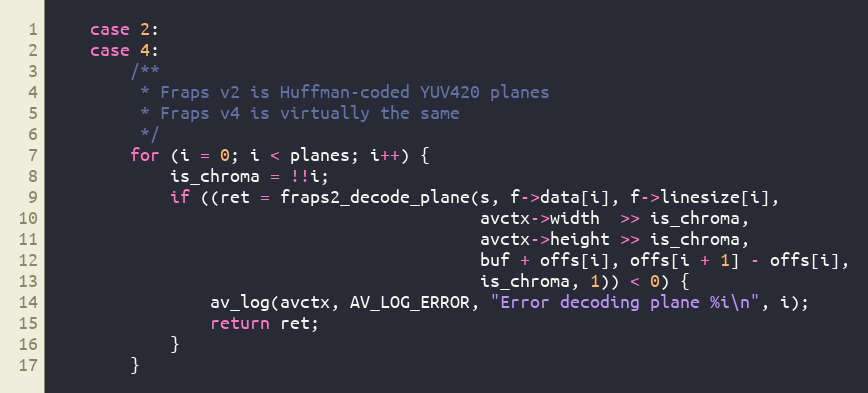
Language: C
    case 2:
    case 4:
        /**
         * Fraps v2 is Huffman-coded YUV420 planes
         * Fraps v4 is virtually the same
         */
        for (i = 0; i < planes; i++) {
            is_chroma = !!i;
            if ((ret = fraps2_decode_plane(s, f->data[i], f->linesize[i],
                                           avctx->width  >> is_chroma,
                                           avctx->height >> is_chroma,
                                           buf + offs[i], offs[i + 1] - offs[i],
                                           is_chroma, 1)) < 0) {
                av_log(avctx, AV_LOG_ERROR, "Error decoding plane %i\n", i);
                return ret;
            }
        }